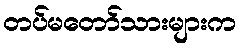
တပ်မတော်သားများက